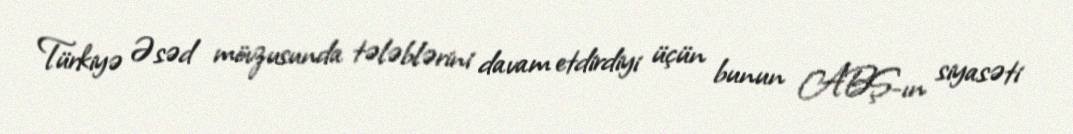
Türkiyə Əsəd mövzusunda tələblərini davam etdirdiyi üçün bunun ABŞ-ın siyasəti